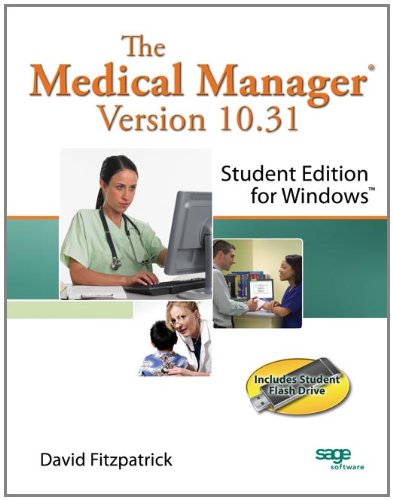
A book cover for The Medical Manager Student Edition, Version 10.31; David Fitzpatrick; Medical Books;